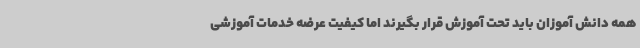
همه دانش آموزان باید تحت آموزش قرار بگیرند اما کیفیت عرضه خدمات آموزشی